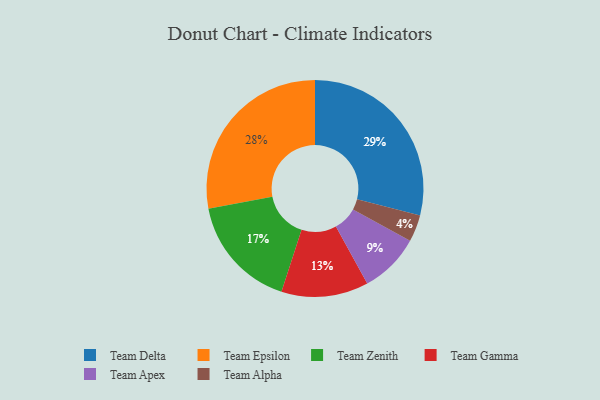
{"axis": {"x": "Category", "y": "Percentage"}, "legend": ["Team Alpha", "Team Apex", "Team Delta", "Team Epsilon", "Team Gamma", "Team Zenith"], "data": [{"x": "Team Epsilon", "y": 28, "type": "Team Epsilon"}, {"x": "Team Apex", "y": 9, "type": "Team Apex"}, {"x": "Team Zenith", "y": 17, "type": "Team Zenith"}, {"x": "Team Alpha", "y": 4, "type": "Team Alpha"}, {"x": "Team Delta", "y": 29, "type": "Team Delta"}, {"x": "Team Gamma", "y": 13, "type": "Team Gamma"}]}